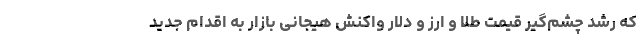
که رشد چشم‌گیر قیمت طلا و ارز و دلار واکنش هیجانی بازار به اقدام جدید